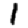
Digit: 1